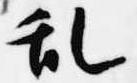
乱